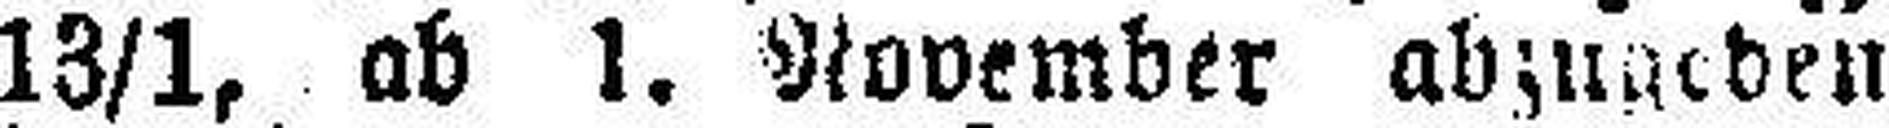
13/1, ab 1. November abzugeben